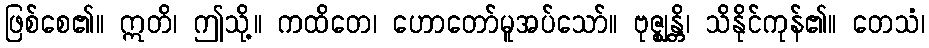
ဖြစ်စေ၏။ ဣတိ၊ ဤသို့။ ကထိတေ၊ ဟောတော်မူအပ်သော်။ ဗုဇ္ဈန္တိ၊ သိနိုင်ကုန်၏။ တေသံ၊